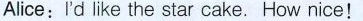
Alice:I'd like the star cake. How nice!